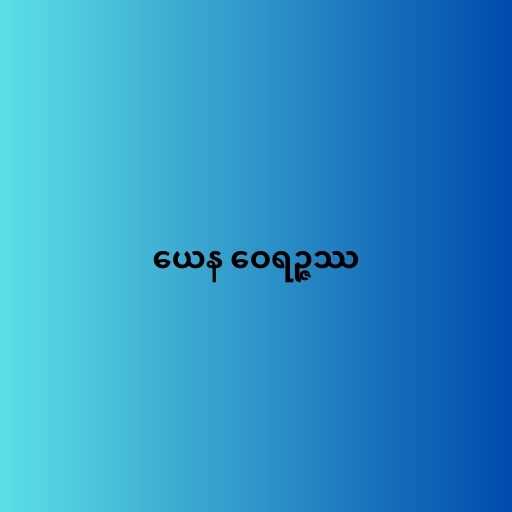
ယေန ဝေရဉ္ဇဿ